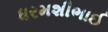
ધરમશીભાઈ